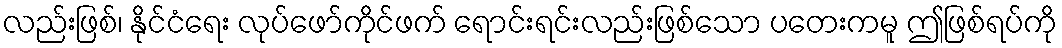
လည်းဖြစ်၊ နိုင်ငံရေး လုပ်ဖော်ကိုင်ဖက် ရောင်းရင်းလည်းဖြစ်သော ပတေးကမူ ဤဖြစ်ရပ်ကို